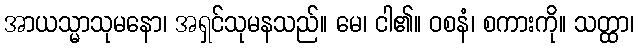
အာယသ္မာသုမနော၊ အရှင်သုမနသည်။ မေ၊ ငါ၏။ ဝစနံ၊ စကားကို။ သတ္ထာ၊